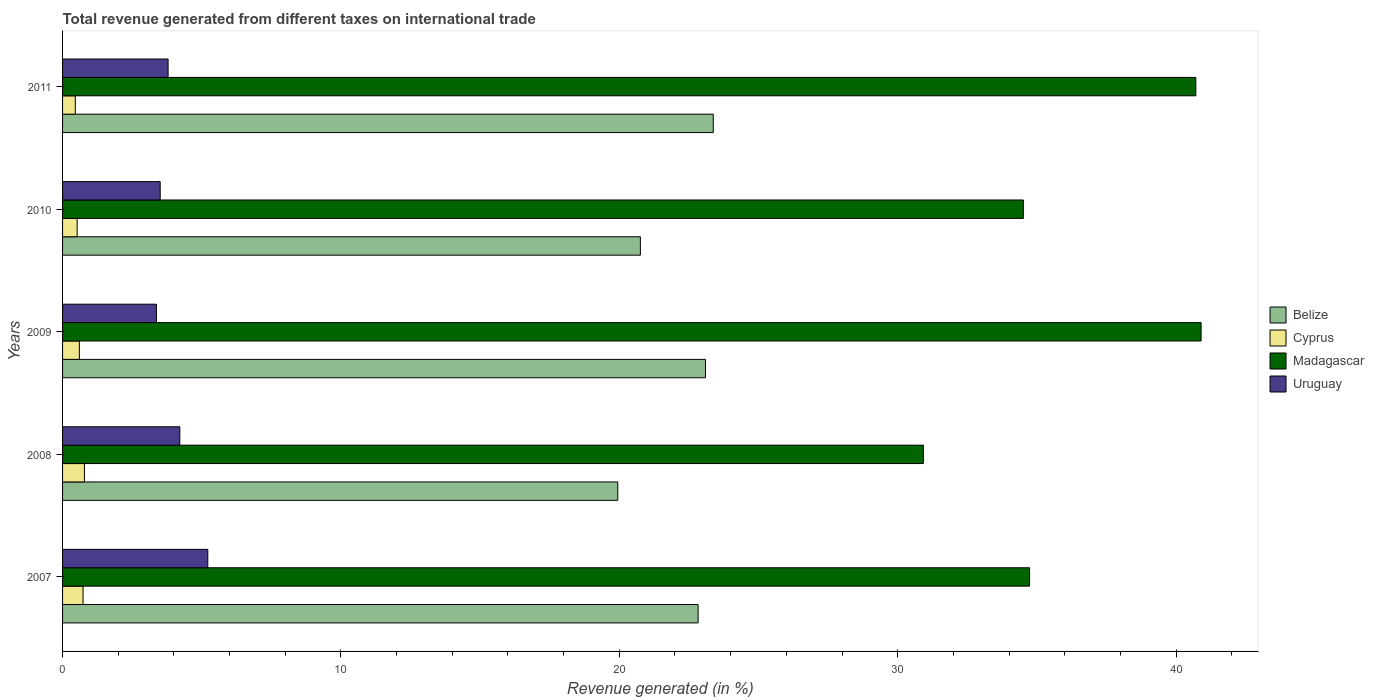
| Years | Belize | Cyprus | Madagascar | Uruguay |
 | --- | --- | --- | --- | --- |
 | 2007 | 22.8 | 0.736 | 34.7 | 5.22 |
 | 2008 | 19.9 | 0.786 | 30.9 | 4.21 |
 | 2009 | 23.1 | 0.603 | 40.9 | 3.37 |
 | 2010 | 20.8 | 0.524 | 34.5 | 3.51 |
 | 2011 | 23.4 | 0.457 | 40.7 | 3.79 |